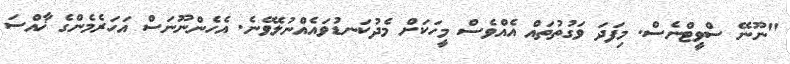
"ނޫނޭ ސްވީޓްނެސް. މިފަދަ ވަގުތުތައް އެއްވެސް މީހަކަށް މެދުކަނޑުވައެއްނުލެވޭނެ. އެހެންނޫނަސް އަހަރެމެންގެ ޚާއްސަ